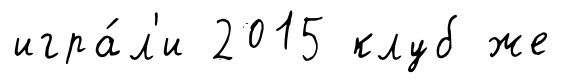
игра́л'и 2015 клуб же